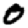
Digit: 0